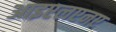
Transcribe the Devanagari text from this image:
आइएलएनए